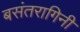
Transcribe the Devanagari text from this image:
बसंतरागिनी